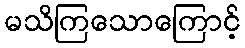
မသိကြသောကြောင့်